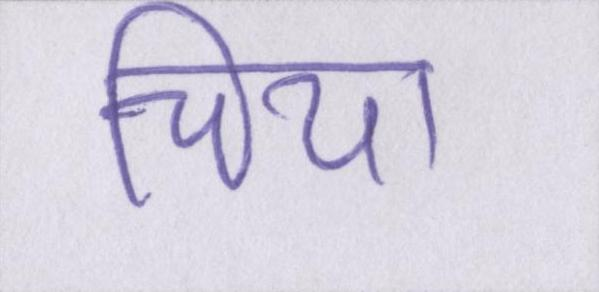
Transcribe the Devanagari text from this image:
चिया